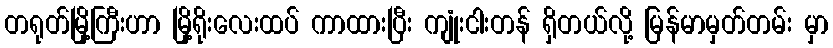
တရုတ်မြို့ကြီးဟာ မြို့ရိုးလေးထပ် ကာထားပြီး ကျုံးငါးတန် ရှိတယ်လို့ မြန်မာမှတ်တမ်း မှာ